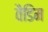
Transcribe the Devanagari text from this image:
वैडिम